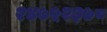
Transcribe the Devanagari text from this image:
२४७५२३७८